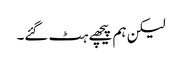
لیکن ہم پیچھے ہٹ گئے۔